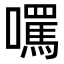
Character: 𡂼